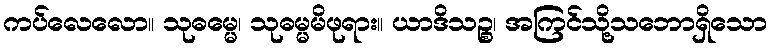
ကပ်လေလော။ သုဓမ္မေ၊ သုဓမ္မမိဖုရား။ ယာဒိသဉ္စ၊ အကြင်သို့သဘောရှိသော